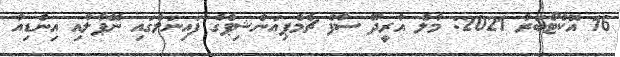
16 އޮކްޓޯބަރު 2021: މާލެ އުރީދޫ ސާފް ޗެމްޕިއަންޝިޕްގެ ފައިނަލްގައި ނޭޕާލާއި އިންޑިއާ